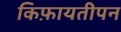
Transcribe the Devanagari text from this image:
किफ़ायतीपन